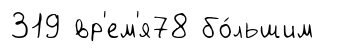
319 вр'ем'я78 бо́льшим